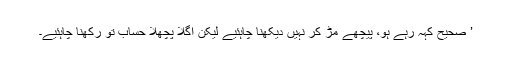
’ صحیح کہہ رہے ہو، پیچھے مڑ کر نہیں دیکھنا چاہئیے لیکن اگلا پچھلا حساب تو رکھنا چاہئیے۔